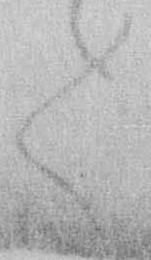
々